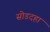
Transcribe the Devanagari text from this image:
सोडदहा